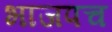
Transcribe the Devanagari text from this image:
भाजपच